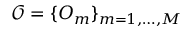
\mathcal { O } = \{ O _ { m } \} _ { m = 1 , \dots , M }